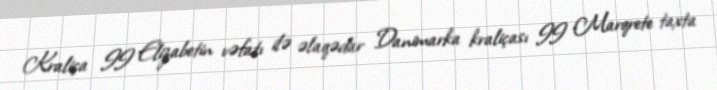
Kraliça II Elizabetin vəfatı ilə əlaqədar Danimarka kraliçası II Marqrete taxta